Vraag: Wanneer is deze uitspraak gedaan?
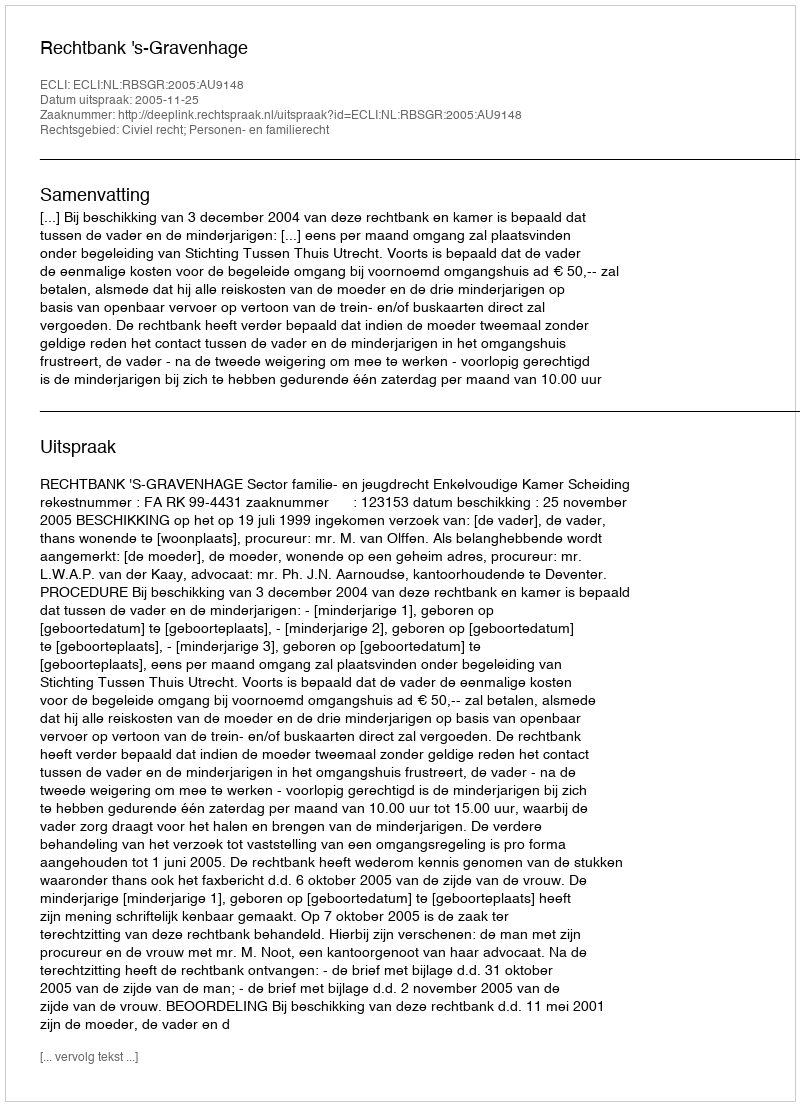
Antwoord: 2005-11-25